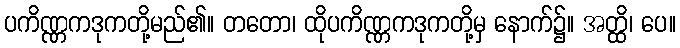
ပကိဏ္ဏကဒုကတို့မည်၏။ တတော၊ ထိုပကိဏ္ဏကဒုကတို့မှ နောက်၌။ အတ္ထိ၊ ပေ။